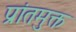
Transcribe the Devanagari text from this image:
प्रांतमुक्त